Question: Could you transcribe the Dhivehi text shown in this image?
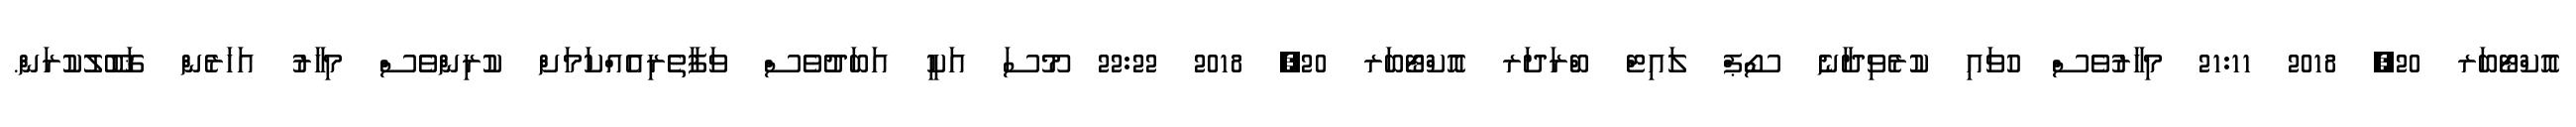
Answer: އޮކްޓޯބަރ 20, 2018 21:11 މިހާރުވެސް ހުވައި ކުރެވިދާނެ ސޯޕް ލައިޓް ބްރަދަރ އޮކްޓޯބަރ 20, 2018 22:22 މޫސަ އަކީ އަބަދުވެސް ވަފާތެރިއެއްކަމަށް ކުރިންވެސް މިހާރު އަހަރެން ޤަބޫލުކުރަން.